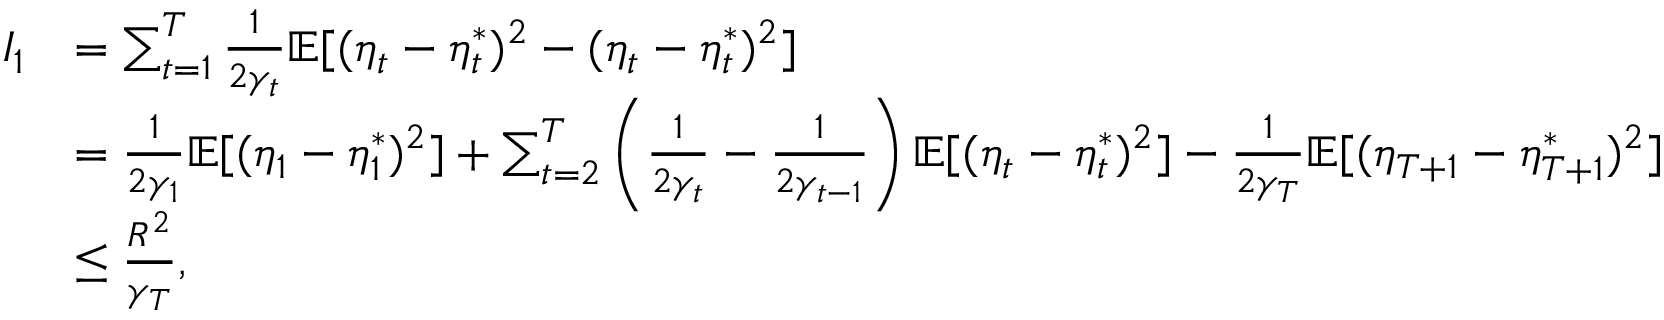
\begin{array} { r l } { I _ { 1 } } & { = \sum _ { t = 1 } ^ { T } \frac { 1 } { 2 \gamma _ { t } } \mathbb { E } [ ( \eta _ { t } - \eta _ { t } ^ { * } ) ^ { 2 } - ( \eta _ { t } - \eta _ { t } ^ { * } ) ^ { 2 } ] } \\ & { = \frac { 1 } { 2 \gamma _ { 1 } } \mathbb { E } [ ( \eta _ { 1 } - \eta _ { 1 } ^ { * } ) ^ { 2 } ] + \sum _ { t = 2 } ^ { T } \left( \frac { 1 } { 2 \gamma _ { t } } - \frac { 1 } { 2 \gamma _ { t - 1 } } \right) \mathbb { E } [ ( \eta _ { t } - \eta _ { t } ^ { * } ) ^ { 2 } ] - \frac { 1 } { 2 \gamma _ { T } } \mathbb { E } [ ( \eta _ { T + 1 } - \eta _ { T + 1 } ^ { * } ) ^ { 2 } ] } \\ & { \leq \frac { R ^ { 2 } } { \gamma _ { T } } , } \end{array}